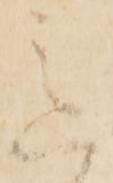
意